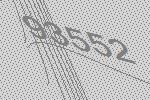
93552